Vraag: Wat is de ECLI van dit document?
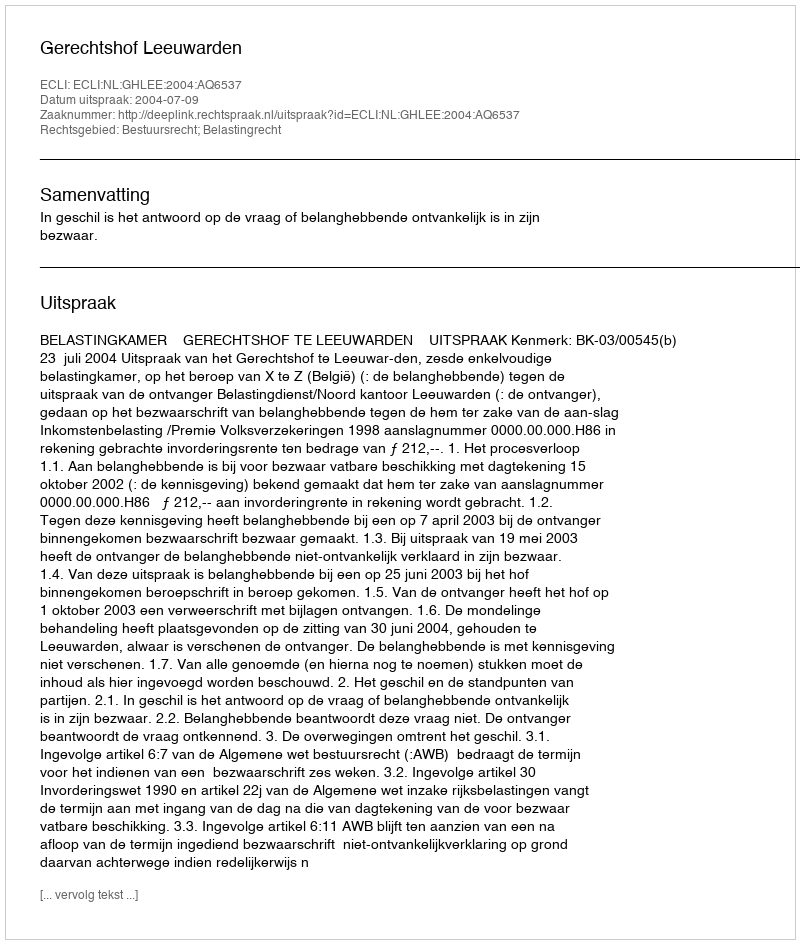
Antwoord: ECLI:NL:GHLEE:2004:AQ6537